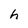
Character: h